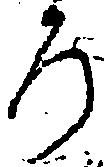
ろ